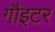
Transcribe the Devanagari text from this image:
गौइटर